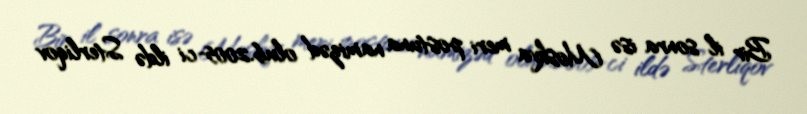
Bir il sonra isə Moskva meri postuna namizəd olub.2005-ci ildə Sterliqov